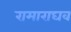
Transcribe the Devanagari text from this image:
रामाराघव